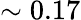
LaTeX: \sim 0.17